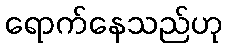
ရောက်နေသည်ဟု